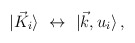
\begin{align*}\vert {\vec K}_i \rangle \,\,\leftrightarrow \,\,\vert \vec k , u_i \rangle\,,\end{align*}